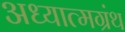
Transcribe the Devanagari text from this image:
अध्यात्मग्रंथ